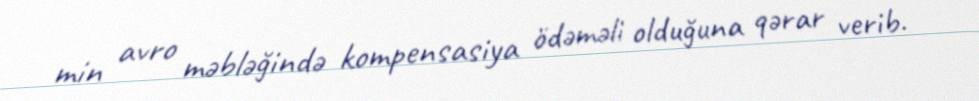
min avro məbləğində kompensasiya ödəməli olduğuna qərar verib.